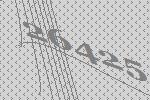
26425